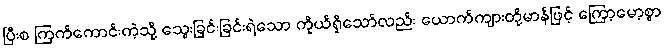
ပြီးစ ကြက်ကောင်းကဲ့သို့ သွေးခြင်းခြင်းရဲသော ကိုယ်ရှိသော်လည်း ယောက်ကျားတို့မာန်ဖြင့် ကြော့မော့စွာ